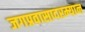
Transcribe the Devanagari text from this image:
जगप्रवासादरम्यान